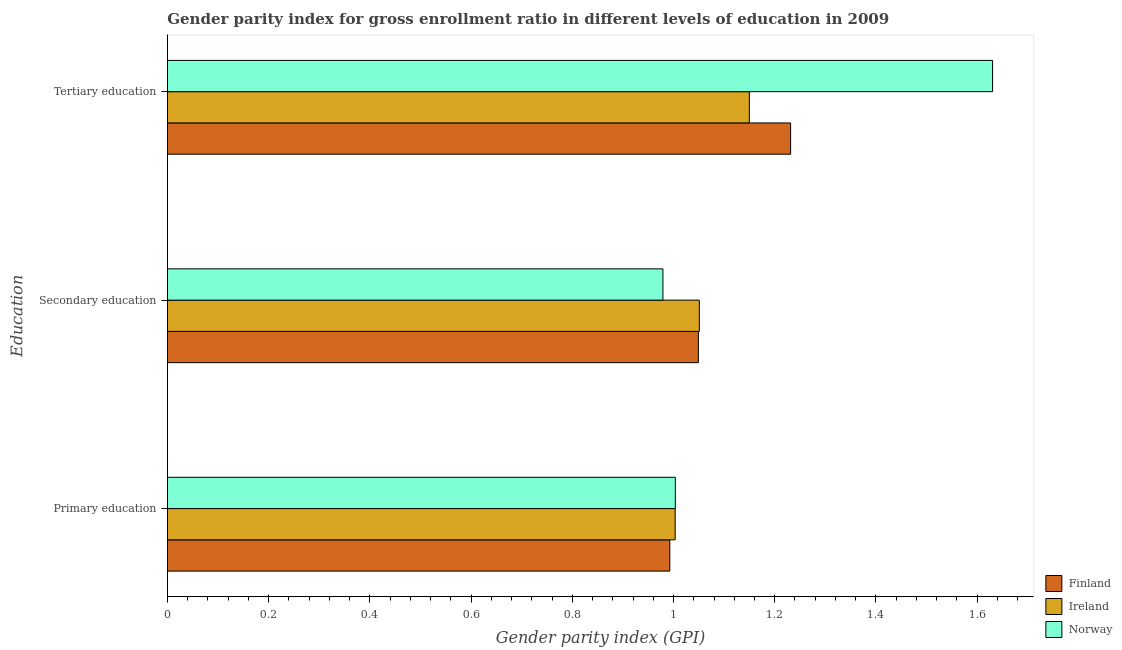
| Education | Finland | Ireland | Norway |
 | --- | --- | --- | --- |
 | Primary education | 0.993 | 1 | 1 |
 | Secondary education | 1.05 | 1.05 | 0.979 |
 | Tertiary education | 1.23 | 1.15 | 1.63 |